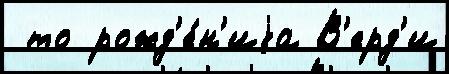
 то рожд'е́н'иjа В'ерд'и